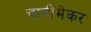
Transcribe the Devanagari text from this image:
चावीमेकर